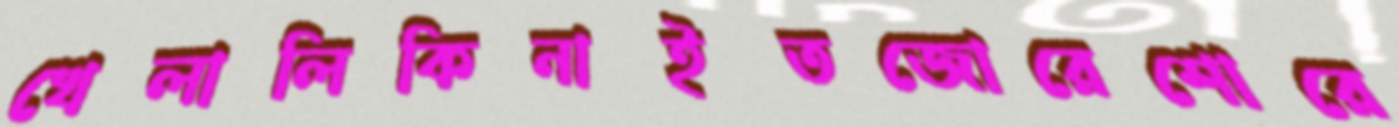
খেলালিকিনাইতজোরেশোরে